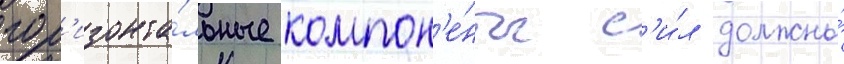
гор'изонта́льные компон'е́нты с'и́л должны́